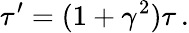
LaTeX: \tau^{\prime}=(1+\gamma^{2})\tau\, .